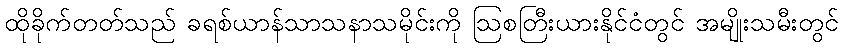
ထိုခိုက်တတ်သည် ခရစ်ယာန်သာသနာသမိုင်းကို ဩစတြီးယားနိုင်ငံတွင် အမျိုးသမီးတွင်